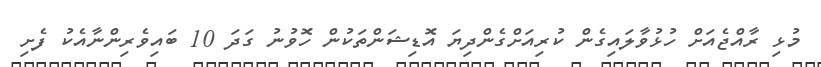
މުޅި ރާއްޖެއަށް ހުޅުވާލައިގެން ކުރިއަށްގެންދިޔަ އޮޑިޝަންތަކުން ހޮވުނު ގަދަ 10 ބައިވެރިންނާއެކު ފެށި